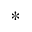
^ *